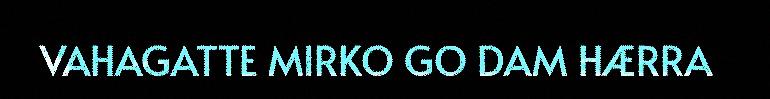
VAHAGATTE MIRKO GO DAM HÆRRA